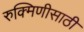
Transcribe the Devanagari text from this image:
रुक्मिणीसाठी